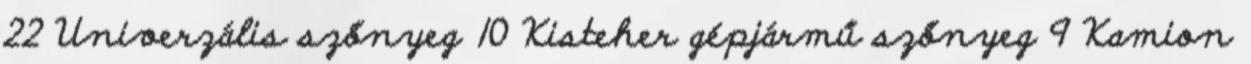
22 Univerzális szőnyeg 10 Kisteher gépjármű szőnyeg 9 Kamion